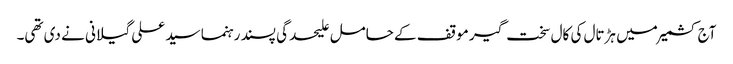
آج کشمیر میں ہڑتال کی کال سخت گیر موقف کے حامل علیحدگی پسند رہنما سید علی گیلانی نے دی تھی۔